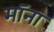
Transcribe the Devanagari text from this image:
मॉना